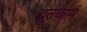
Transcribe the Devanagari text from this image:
दूतकार्य